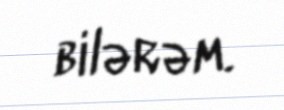
bilərəm.